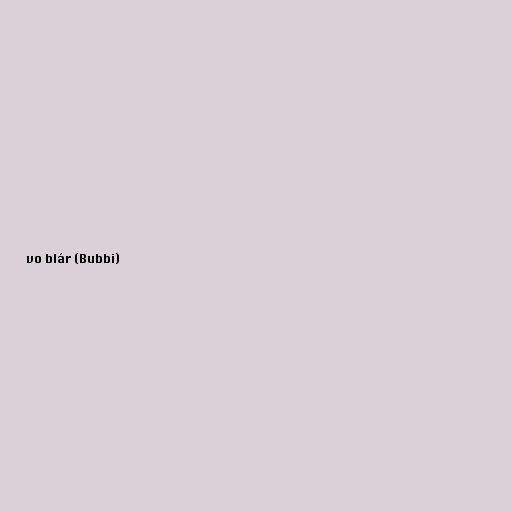
vo blár (Bubbi)